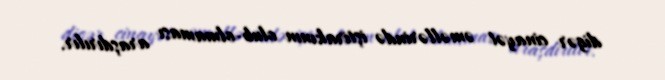
digər cinayət əməllərində iştirakının olub-olmaması araşdırılır.